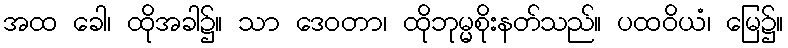
အထ ခေါ၊ ထိုအခါ၌။ သာ ဒေဝတာ၊ ထိုဘုမ္မစိုးနတ်သည်။ ပထဝိယံ၊ မြေ၌။